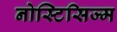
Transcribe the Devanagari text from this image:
नोस्टिसिज्म